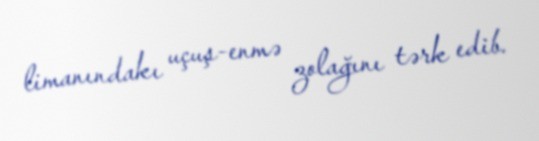
limanındakı uçuş-enmə zolağını tərk edib.